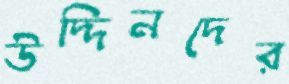
উদ্দিনদের